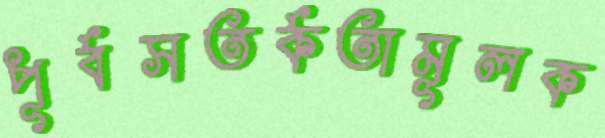
পূর্বসতর্কতামূলক